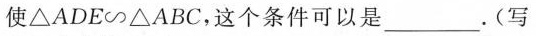
使△ADE ∽ △ABC，这个条件可以是___。(写